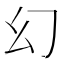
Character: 幻